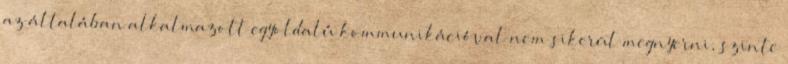
az általában alkalmazott egyoldalú kommunikációval nem sikerül megnyerni, szinte